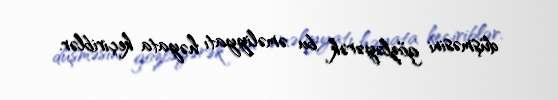
düşməsini gözləyərək bu əməliyyatı həyata keçiriblər.